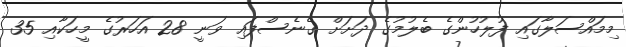
މިމައްސަލާގައި ފުލުހުންގެ ބެލުމުގެ ދަށަށް ގެނެސްފައި ވަނީ 28 އަހަރުގެ މީހަކާއި 35